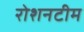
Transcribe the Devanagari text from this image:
रोशनटीम